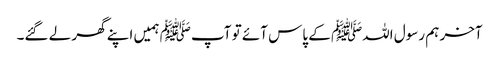
آخر ہم رسول اللہﷺ کے پاس آئے تو آپﷺ ہمیں اپنے گھر لے گئے۔